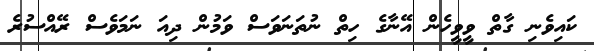
ކައިވެނި ގާތް ވީވީހެން އޭނާގެ ހިތް ނުތަނަވަސް ވަމުން ދިއަ ނަމަވެސް ރޭއްސުރެ